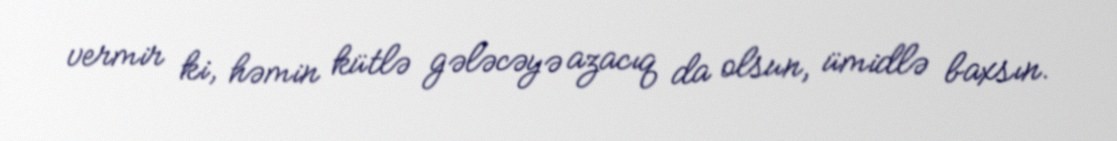
vermir ki, həmin kütlə gələcəyə azacıq da olsun, ümidlə baxsın.